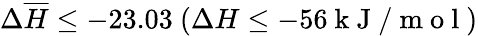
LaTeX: \Delta\overline{{H}}\le-23.03~(\Delta H\le-56\mathrm{~k~J~/~m~o~l~})